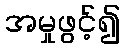
အမှုဖွင့်၍